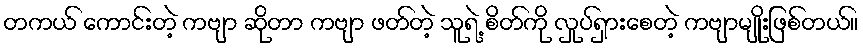
တကယ် ကောင်းတဲ့ ကဗျာ ဆိုတာ ကဗျာ ဖတ်တဲ့ သူရဲ့ စိတ်ကို လှုပ်ရှားစေတဲ့ ကဗျာမျိုးဖြစ်တယ်။